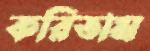
করিতাম